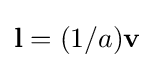
{\bf {l}}={(1/a)}{\bf {v}}